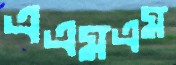
এএমএম